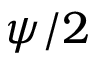
\psi / 2